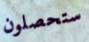
ستحصلون